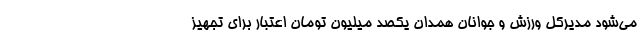
می‌شود مدیرکل ورزش و جوانان همدان یکصد میلیون تومان اعتبار برای تجهیز